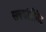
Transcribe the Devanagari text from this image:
सबकांटीनेंट